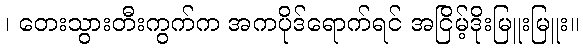
၊ တေးသွားတီးကွက်က အကပိုဒ်ရောက်ရင် အငြိမ့်ဒိုးမြူးမြူး။